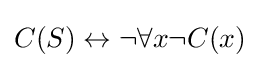
C(S)\leftrightarrow \lnot \forall x\lnot C(x)